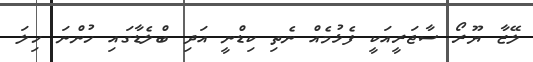
ލޭޒާ ޔޫރޯ ސާޖަރީއަކީ ފެޅުމެއް ނެތި ކިޑްނީ އަދި ބްލެޑާގައި ހުންނަ ހިލަ